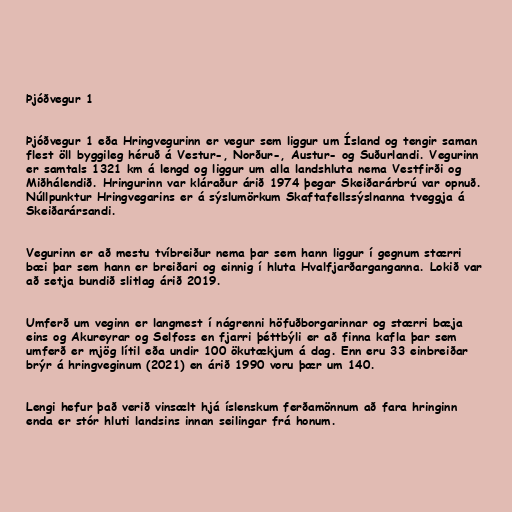
Þjóðvegur 1

Þjóðvegur 1 eða Hringvegurinn er vegur sem liggur um Ísland og tengir saman
flest öll byggileg héruð á Vestur-, Norður-, Austur- og Suðurlandi. Vegurinn
er samtals 1321 km á lengd og liggur um alla landshluta nema Vestfirði og
Miðhálendið. Hringurinn var kláraður árið 1974 þegar Skeiðarárbrú var opnuð.
Núllpunktur Hringvegarins er á sýslumörkum Skaftafellssýslnanna tveggja á
Skeiðarársandi.

Vegurinn er að mestu tvíbreiður nema þar sem hann liggur í gegnum stærri
bæi þar sem hann er breiðari og einnig í hluta Hvalfjarðarganganna. Lokið var
að setja bundið slitlag árið 2019.

Umferð um veginn er langmest í nágrenni höfuðborgarinnar og stærri bæja
eins og Akureyrar og Selfoss en fjarri þéttbýli er að finna kafla þar sem
umferð er mjög lítil eða undir 100 ökutækjum á dag. Enn eru 33 einbreiðar
brýr á hringveginum (2021) en árið 1990 voru þær um 140.

Lengi hefur það verið vinsælt hjá íslenskum ferðamönnum að fara hringinn
enda er stór hluti landsins innan seilingar frá honum.